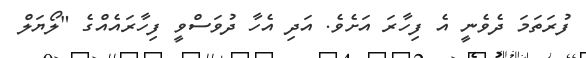
ފުރަތަމަ ދެވެނީ އެ ފިހާރަ އަށެވެ. އަދި އެހާ ދުވަސްވީ ފިހާރައެއްގެ "ލޯޔަލް